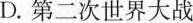
D.第二次世界大战